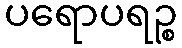
ပရောပရဉ္စ